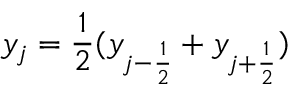
y _ { j } = \frac { 1 } { 2 } ( y _ { j - \frac { 1 } { 2 } } + y _ { j + \frac { 1 } { 2 } } )